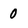
Character: 0